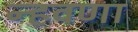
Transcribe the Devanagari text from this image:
न्हवणा